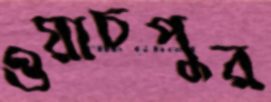
ওয়াচপুর